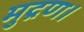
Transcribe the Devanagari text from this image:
मुद्रण।